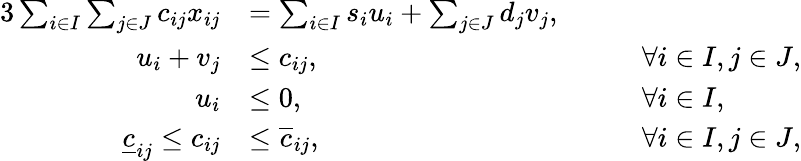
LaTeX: \begin{array}{rlrl}{{3}\sum_{i\in I}\sum_{j\in J}c_{ij}x_{ij}}&{=\sum_{i\in I}s_{i}u_{i}+\sum_{j\in J}d_{j}v_{j},}\\ {u_{i}+v_{j}}&{\le{c}_{ij},}&&{\forall i\in I,j\in J,}\\ {u_{i}}&{\le 0,}&&{\forall i\in I,}\\ {\underline{{c}}_{ij}\le c_{ij}}&{\le\overline{{c}}_{ij},}&{\quad}&{\forall i\in I,j\in J,}\end{array}